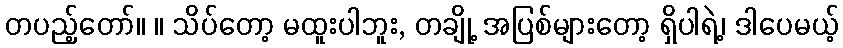
တပည့်တော်။ ။ သိပ်တော့ မထူးပါဘူး, တချို့ အပြစ်များတော့ ရှိပါရဲ့၊ ဒါပေမယ့်